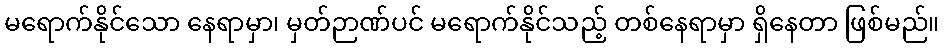
မရောက်နိုင်သော နေရာမှာ၊ မှတ်ဉာဏ်ပင် မရောက်နိုင်သည့် တစ်နေရာမှာ ရှိနေတာ ဖြစ်မည်။